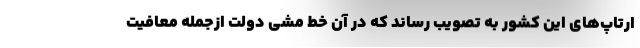
ارتاپ‌های این کشور به تصویب رساند که در آن خط مشی دولت ازجمله معافیت